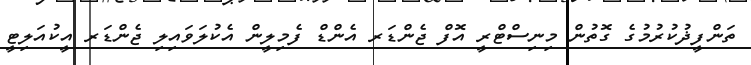
ތަންފީޛުކުރުމުގެ ގޮތުން މިނިސްޓްރީ އޮފް ޖެންޑަރ އެންޑް ފެމިލީން އެކުލަވައިލި ޖެންޑަރ އީކުއަލިޓީ